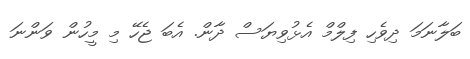
ބަލާނަމަ ދިވެހި ފިލްމް އެޅުވިޔަސް ދާން. އެބަ ޖެހޭ މި މީހުން ވަންނަ